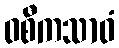
ဝစီကသာဝံ